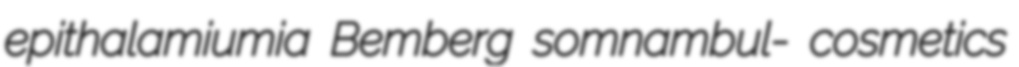
epithalamiumia Bemberg somnambul- cosmetics